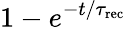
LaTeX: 1-e^{-t/\tau_{\mathrm{rec}}}